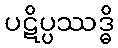
ပဋိပ္ပဿဒ္ဓိ